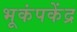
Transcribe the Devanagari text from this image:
भूकंपकेंद्र